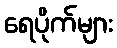
ရေပိုက်များ